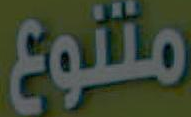
متنوع